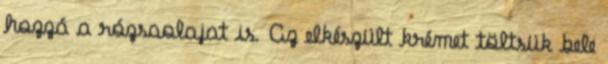
hozzá a rózsaolajat is. Az elkészült krémet töltsük bele